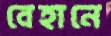
বেহানে